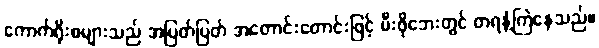
ကောက်ရိုးစများသည် အပြတ်ပြတ် အတောင်းတောင်းဖြင့် မီးဖိုဘေးတွင် တရနံ့ကြဲနေသည်။